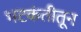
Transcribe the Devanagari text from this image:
भटकंतीतून